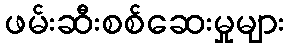
ဖမ်းဆီးစစ်ဆေးမှုများ